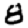
Digit: 8